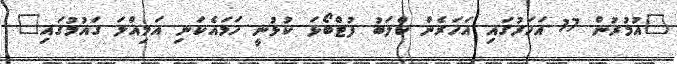
"އުމުރުން 17 އަހަރުގައި އަހަރެން ކްލަބު ފުޓްބޯޅަ ކުޅުނީ ހަމައެކަނި އަމިއްލަ ގައުމުގައި"